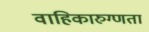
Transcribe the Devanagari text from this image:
वाहिकारुग्णता